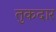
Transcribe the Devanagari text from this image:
तुकदार